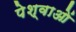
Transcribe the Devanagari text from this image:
पेश्वाओं